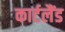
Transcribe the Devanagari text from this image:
कार्टलैंड